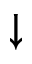
\downarrow